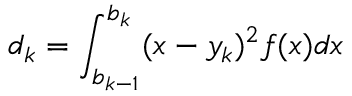
d _ { k } = \int _ { b _ { k - 1 } } ^ { b _ { k } } ( x - y _ { k } ) ^ { 2 } f ( x ) d x